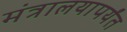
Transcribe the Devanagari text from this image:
मंत्रालयापर्यंत